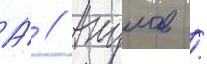
А́ // Акулов /